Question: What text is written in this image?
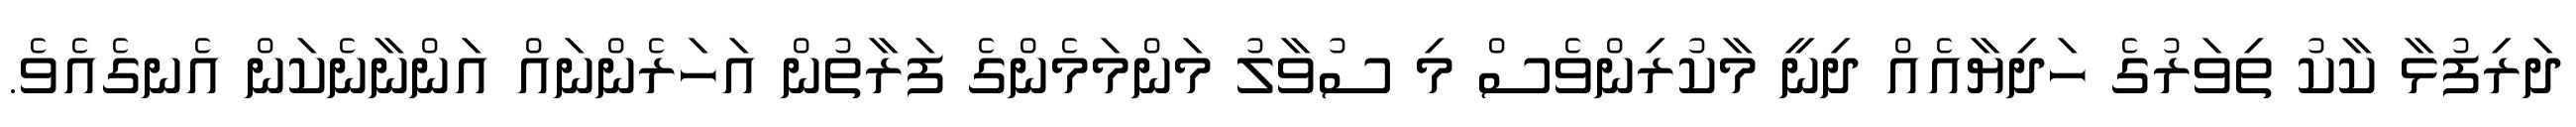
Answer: ދަރިފުޅާ ކާކު ތިވަރުގެ ހަދިޔާއެއް ދިނީ މާކުރިންވެސް މި ސުވާލު މަންމަމެންގެ ފަރާތުން އަހަރެންނައް އަންނާނެކަން އެނގެއެވެ.